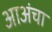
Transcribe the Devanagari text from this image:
आअंचा